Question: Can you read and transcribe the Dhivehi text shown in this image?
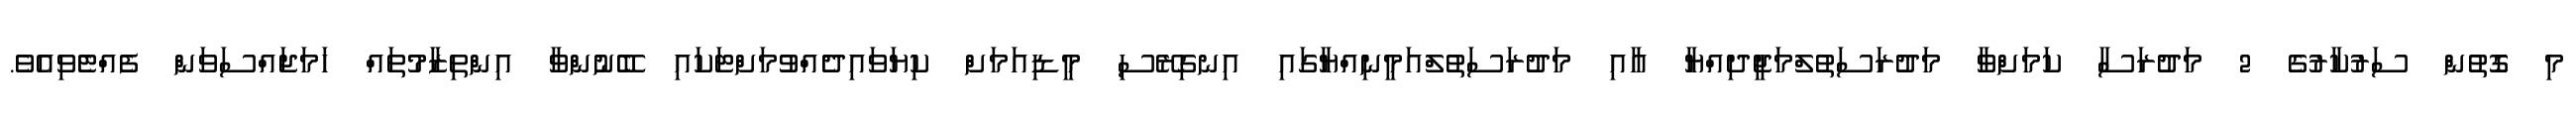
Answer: މި ގޮތުން ސަރުކާރުގެ 2 މަދުރަސާ ކަމަށްވާ މަދުރަސަތުލްމަޖީދިއްޔާ އާއި މަދުރަސަތުލްއަމީނިއްޔާގައި އިނގިރޭސި މީޑިއަމަށް ކިޔަވައިދެއްވުމަށްޓަކައި ބޭނުންވާ އިންތިޒާމުތައް ހަމަޖައްސަވަން ފެއްޓެވިއެވެ.